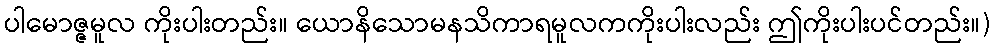
ပါမောဇ္ဇမူလ ကိုးပါးတည်း။ ယောနိသောမနသိကာရမူလကကိုးပါးလည်း ဤကိုးပါးပင်တည်း။)